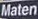
Maten